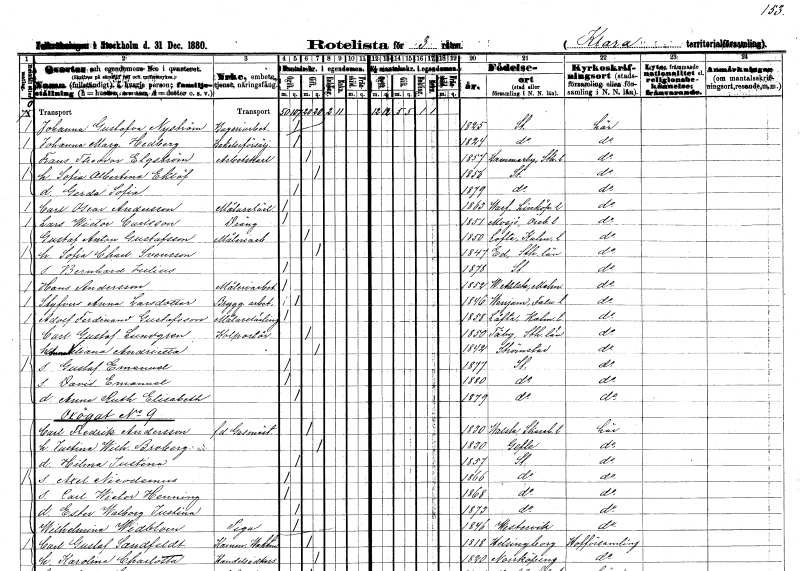
gt_parse: households: individuals: FN: Johanna Gustafva
EN: Nyström
YRKE: Bageriarbetare
KON: K
CIV: O
FODAR: 1825
FODFORS: Stockholm
FN: Johanna Margreta
EN: Hedberg
YRKE: Bakelseförsäljare
KON: K
CIV: O
FODAR: 1824
FODFORS: Stockholm
FN: Frans Theodor
EN: Elgström
YRKE: Arbetskarl
KON: M
CIV: G
FODAR: 1857
FODFORS: Hammarby Stockholms län
FN: Sofia Albertina
EN: Eklöf
KON: K
CIV: G
FODAR: 1856
FODFORS: Stockholm
FN: Gerda Sofia
KON: K
CIV: O
FODAR: 1879
FODFORS: Stockholm
FN: Carl Oscar
EN: Andersson
YRKE: Målarelärling
KON: M
CIV: O
FODAR: 1863
FODFORS: Varv Östergötlands län
FN: Lars Wictor
EN: Carlsson
YRKE: Dräng
KON: M
CIV: O
FODAR: 1851
FODFORS: Mosjö Örebro län
FN: Gustaf Anton
EN: Gustafsson
YRKE: Måleriarbetare
KON: M
CIV: G
FODAR: 1850
FODFORS: Lofta Kalmar län
FN: Sofia Charlotta
EN: Svensson
KON: K
CIV: G
FODAR: 1847
FODFORS: Ed Stockholms län
FN: Bernhard Julius
KON: M
CIV: O
FODAR: 1878
FODFORS: Stockholm
FN: Hans
EN: Andersson
YRKE: Måleriarbetare
KON: M
CIV: O
FODAR: 1852
FODFORS: Västra Alstad Malmöhus län
FN: Styfvers Anna
EN: Larsdotter
YRKE: Bryggeriarbetare
KON: K
CIV: O
FODAR: 1846
FODFORS: Venjan Kopparbergs län
FN: Adolf Ferdinand
EN: Gustafsson
YRKE: Målarelärling
KON: M
CIV: O
FODAR: 1858
FODFORS: Lofta Kalmar län
FN: Carl Gustaf
EN: Lundgren
YRKE: Kolportörer
KON: M
CIV: G
FODAR: 1850
FODFORS: Täby Stockholms län
FN: Anna Viliana Andrietta
KON: K
CIV: G
FODAR: 1842
FODFORS: Strömstad Göteborgs- och Bohuslän
FN: Gustaf Emanuel
KON: M
CIV: O
FODAR: 1877
FODFORS: Stockholm
FN: David Emanuel
KON: M
CIV: O
FODAR: 1880
FODFORS: Stockholm
FN: Anna Ruth Elisabeth
KON: K
CIV: O
FODAR: 1879
FODFORS: Stockholm
FN: Carl Fredrik
EN: Andersson
YRKE: Gasmästare f.d.
KON: M
CIV: G
FODAR: 1830
FODFORS: Valstad Skaraborgs län
FN: Justina Wilhelmina
EN: Broberg
KON: K
CIV: G
FODAR: 1830
FODFORS: Gävle Gävleborgs län
FN: Hilma Justina
KON: K
CIV: O
FODAR: 1857
FODFORS: Stockholm
FN: Axel Nicodemus
KON: M
CIV: O
FODAR: 1866
FODFORS: Stockholm
FN: Carl Wictor Henning
KON: M
CIV: O
FODAR: 1868
FODFORS: Stockholm
FN: Ester Walborg Justina
KON: K
CIV: O
FODAR: 1873
FODFORS: Stockholm
FN: Wilhelmina
EN: Widblom
YRKE: Piga
KON: K
CIV: O
FODAR: 1846
FODFORS: Västervik Kalmar län
FN: Carl Gustaf
EN: Sandfeldt
YRKE: Kammarvaktmästare
KON: M
CIV: G
FODAR: 1818
FODFORS: Helsingborg Malmöhus län
FN: Karolina Charlotta
YRKE: Handelsidkare
KON: K
CIV: G
FODAR: 1820
FODFORS: Norrköping Östergötlands län